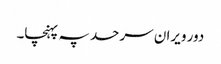
دور ویران سرحد پہ پہنچا۔